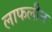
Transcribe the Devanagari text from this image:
लाफलीन